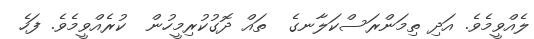
ލެއްވީމެވެ. އަދި ތިމަންރަސްކަލާނގެ  ތައް ދޮގުކުރިމީހުން  ކުރެއްވީމެވެ. ފަހެ